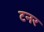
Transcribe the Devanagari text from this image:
टनर